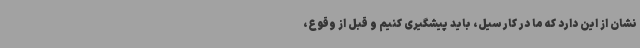
نشان از این دارد که ما در کار سیل، باید پیشگیری کنیم و قبل از وقوع،